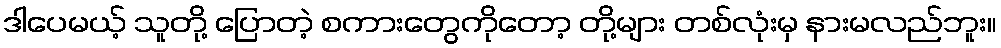
ဒါပေမယ့် သူတို့ ပြောတဲ့ စကားတွေကိုတော့ တို့များ တစ်လုံးမှ နားမလည်ဘူး။